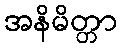
အနိမိတ္တာ